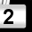
Digit: 2